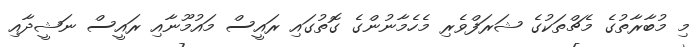
މި މުބާރާތުގެ މެޗްތަކުގެ ޝަރަފްވެރި މެހެމާނުންގެ ގޮތުގައި ރައީސް މައުމޫނާއި ރައީސް ނަޝީދާއި